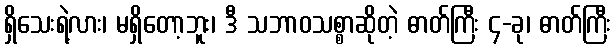
ရှိသေးရဲ့လား၊ မရှိတော့ဘူး၊ ဒီ သဘာဝသစ္စာဆိုတဲ့ ဓာတ်ကြီး ၄-ခု၊ ဓာတ်ကြီး